Civil Veterinary Department Bihar & Orissa reports 1911-21 - 1911-1921
Year: 1911
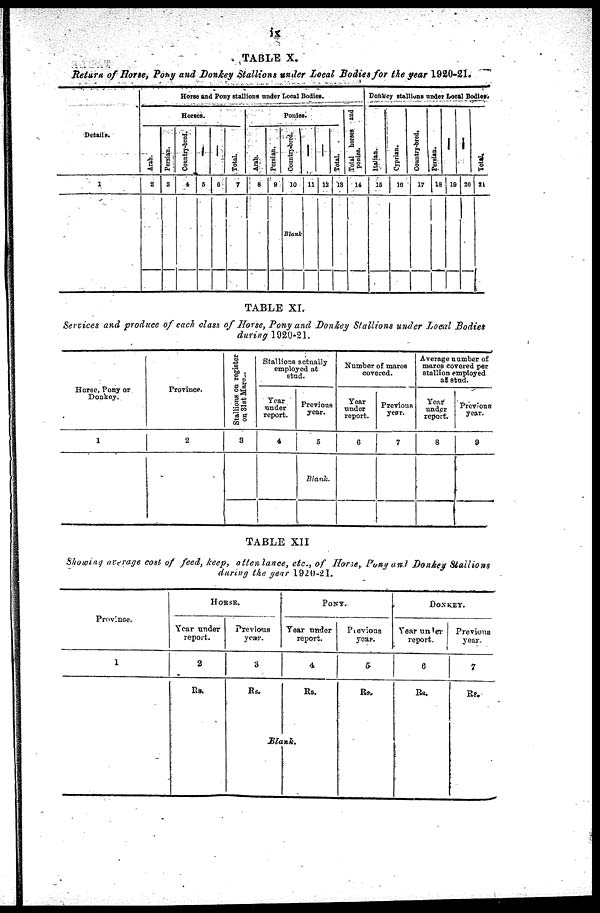
is
TABLE X.
Return of Horse, Pony and Donkey Stallions under Local Bodies for the year 1920-21.
Details.
1
Horse and Pony stallions trader Local Bodies.
Horses.
2 3
4 5 6 7
Ponies.
8 9 10
Blank
11 12 13
Tot al hor s es and
ponies.
14
Donkey stallions under Local Bodies.
Italian.
15
Cyprian.
16
Country-bred,
17
Persian.
18
-
19
-
20
Total.
21
TABLE XI.
Services and produce of each class of Horse, Pony and Donkey Stallions under Local Bodies
during 1920-21.
Horse, Pony or
Donkey.
1
Province.
2
Stallions on register
on, 31st Marc...
3
Stallions actually
employed at
stud.
Year
under
report.
4
Previous
year.
5
Blank.
Number of mares
covered.
Year
tinder
report.
6
Previous
year.
7
Average number of
marcs covered per
stallion employed
at stud.
Year
under
report.
8
Previous
year.
9
TABLE XII
Showing average cost of feed, keep, attendance, etc., of Horse, Pony and Donkey Stallions
during the year 1920-21.
Province.
1
HORSE.
Year under
report.
2
Rs.
Previous
year.
3
Rs.
PONY.
Year under
report.
4
Rs.
Blank.
Previous
year.
5
Rs.
DONKEY.
Year under
report.
6
Rs.
Previous
year.
7
Rs.